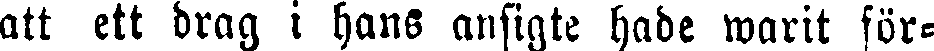
att ett drag i hans ansigte hade warit för-